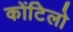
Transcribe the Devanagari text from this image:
कोंटिलो